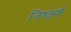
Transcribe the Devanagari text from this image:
निष्क़र्ष